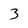
Character: 3